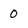
Character: 0